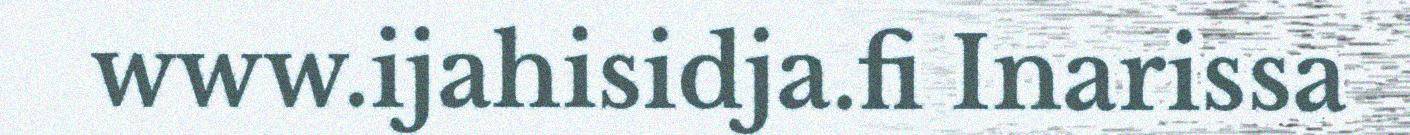
www.ijahisidja.fi Inarissa